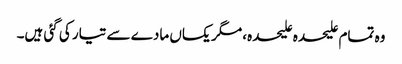
وہ تمام علیحدہ علیحدہ، مگر یکساں مادے سے تیار کی گئی ہیں۔